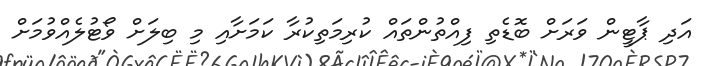
އަދި ޕާޓީން ވަރަށް ބޮޑެތި ފިއްތުންތައް ކުރިމަތިކުރާ ކަމަށާއި މި ބިލަށް ވޯޓުލެއްވުމަށް